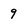
Character: 9